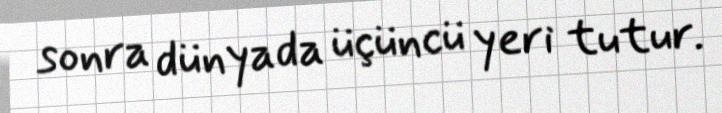
sonra dünyada üçüncü yeri tutur.